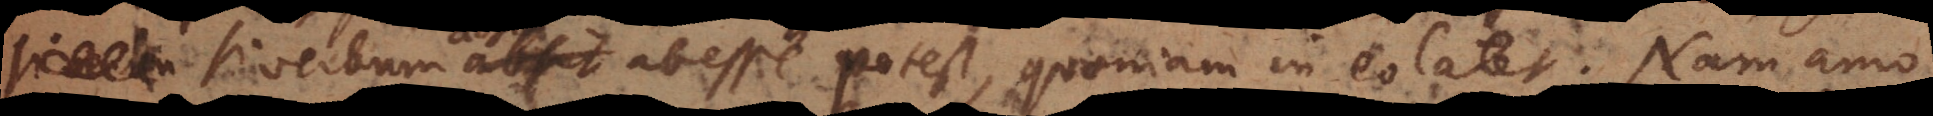
verbum adsit abesse potest, quoniam in eo latet. Nam a